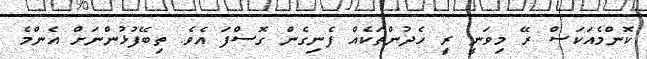
ކޮންމެއަކަސް ރޭ މިވަނީ ރީި ހެދުންތަކެއް ފެނިގެން ގޮސްފަ އެވެ. ތިބޭފުޅުންނަށް އެންމެ